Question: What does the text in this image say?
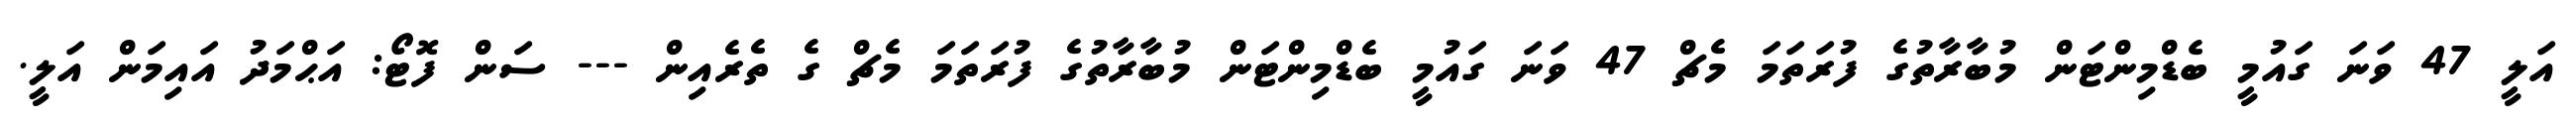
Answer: އަލީ 47 ވަނަ ގައުމީ ބެޑްމިންޓަން މުބާރާތުގެ ފުރަތަމަ މެޗް 47 ވަނަ ގައުމީ ބެޑްމިންޓަން މުބާރާތުގެ ފުރަތަމަ މެޗް ގެ ތެރެއިން --- ސަން ފޮޓޯ: އަޙްމަދު އައިމަން އަލީ.